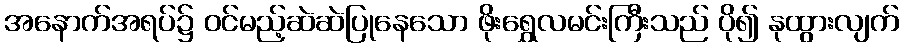
အနောက်အရပ်၌ ဝင်မည့်ဆဲဆဲပြုနေသော ဖိုးရွှေလမင်းကြီးသည် ပို၍ နုထွားလျက်